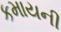
કમાયની